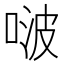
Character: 啵